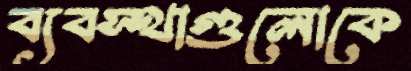
ব্যবস্থাগুলোকে